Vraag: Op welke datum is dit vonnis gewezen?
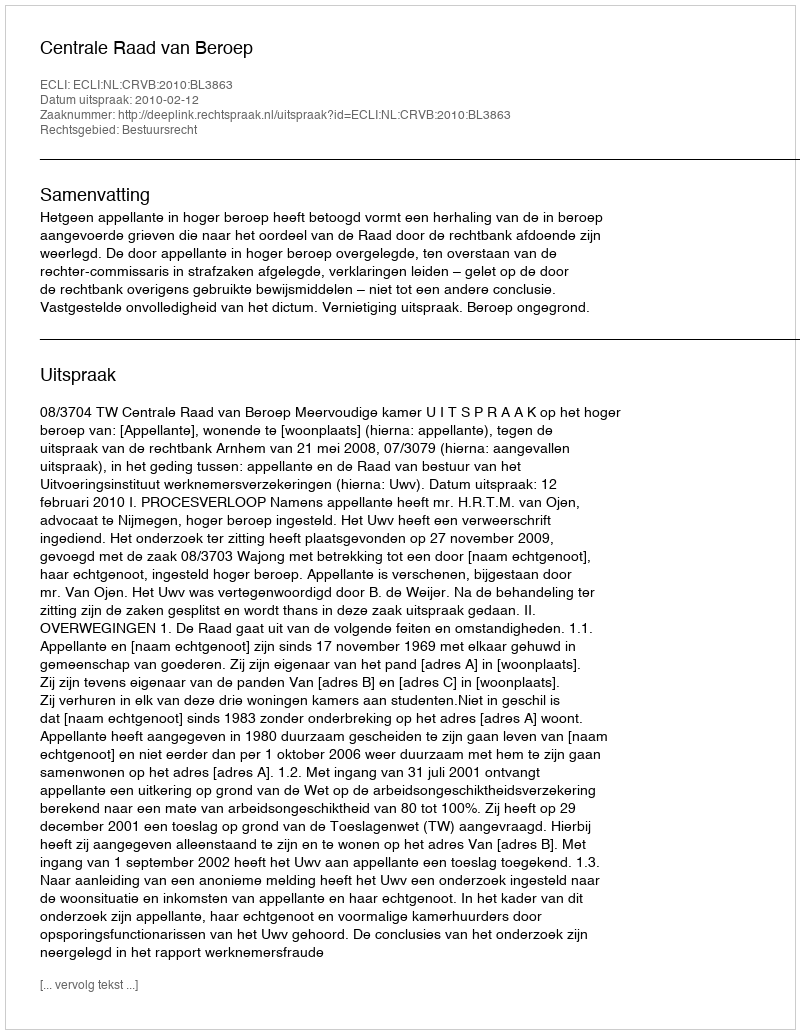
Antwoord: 2010-02-12